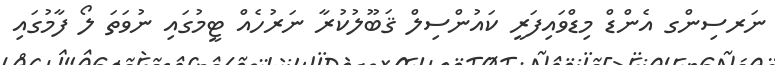
ނަރސިންގ އެންޑް މިޑްވައިފަރީ ކައުންސިލް ޤަބޫލުކުރާ ނަރުހެއް ޓީމުގައި ނުވަތަ ލޯ ފާމުގައި